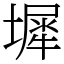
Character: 墀